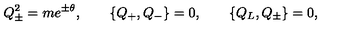
Q _ { \pm } ^ { 2 } = m e ^ { \pm \theta } , \quad \quad \{ Q _ { + } , Q _ { - } \} = 0 , \quad \quad \{ Q _ { L } , Q _ { \pm } \} = 0 ,